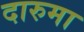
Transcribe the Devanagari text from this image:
दारुमा